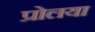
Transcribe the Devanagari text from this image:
प्रोलया